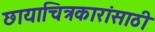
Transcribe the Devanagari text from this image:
छायाचित्रकारांसाठी